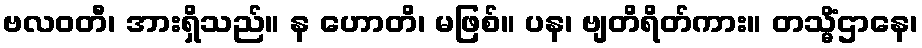
ဗလဝတီ၊ အားရှိသည်။ န ဟောတိ၊ မဖြစ်။ ပန၊ ဗျတိရိတ်ကား။ တသ္မိံဌာနေ၊